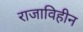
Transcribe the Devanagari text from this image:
राजाविहीन